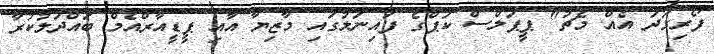
ފޯރިގަދަ އެއް މެޗު" ޕީޕަލްސް ކަޕްގެ ފައިނަލުގައި މާޒިޔާ އާއި ޕީޑީއާރްއެމް ބައްދަލުކުރާ